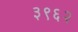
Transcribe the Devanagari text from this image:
३९६२